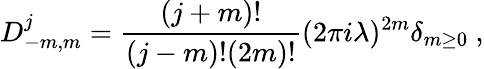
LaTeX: D_{-m,m}^{j}={\frac{(j+m)!}{(j-m)!(2m)!}}(2\pi i\lambda)^{2m}\delta_{m\geq 0}~,